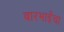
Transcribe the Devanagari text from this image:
बारभाईंचा